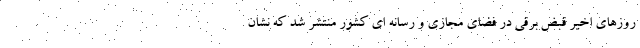
روزهای اخیر قبض برقی در فضای مجازی و رسانه ای کشور منتشر شد که نشان